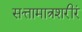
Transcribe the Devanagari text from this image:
सत्तामात्रशरीरं